Vaccination North-Western Provinces 1866-1877 - 1866-1877
Year: 1866
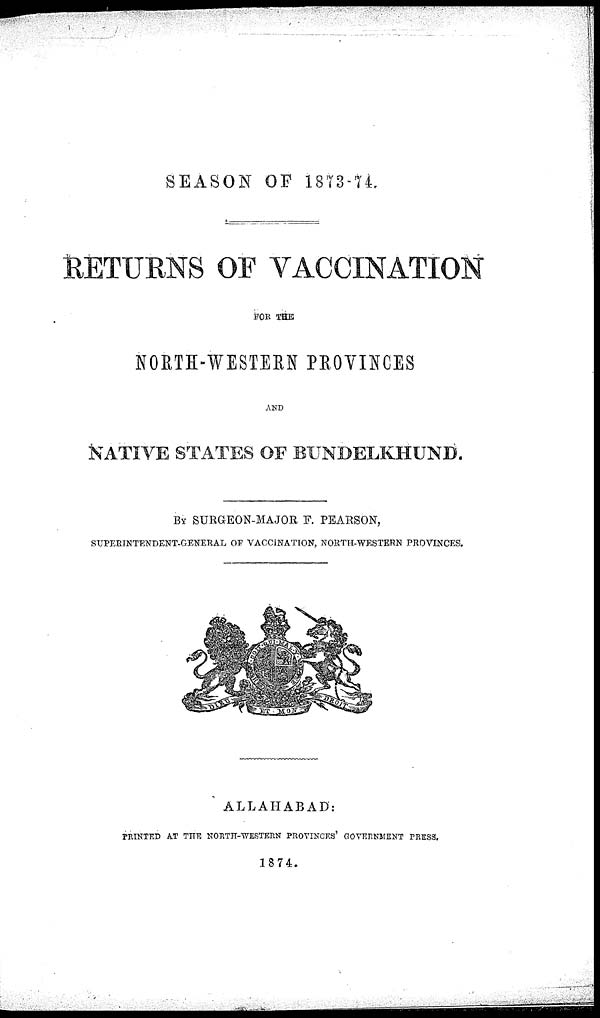
SEASON OF 1873-74.
RETURNS OF VACCINATION
FOR THE
NORTH-WESTERN PROVINCES
AND
NATIVE STATES OF BUNDELKHUND.
BY SURGEON-MAJOR F. PEARSON,
SUPERINTENDENT-GENERAL OF VACCINATION, NORTH-WESTERN PROVINCES.
ALLAHABAD:
PRINTED AT THE NORTH-WESTERN PROVINCES' GOVERNMENT PRESS.
1874.